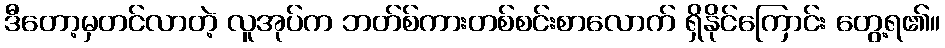
ဒီတော့မှတင်လာတဲ့ လူအုပ်က ဘတ်စ်ကားတစ်စင်းစာလောက် ရှိနိုင်ကြောင်း တွေ့ရ၏။